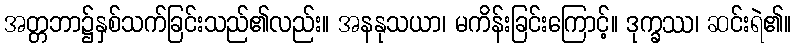
အတ္တဘာ၌နှစ်သက်ခြင်းသည်၏လည်း။ အနနုသယာ၊ မကိန်းခြင်းကြောင့်။ ဒုက္ခဿ၊ ဆင်းရဲ၏။